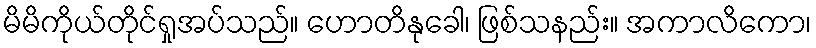
မိမိကိုယ်တိုင်ရှုအပ်သည်။ ဟောတိနုခေါ၊ ဖြစ်သနည်း။ အကာလိကော၊